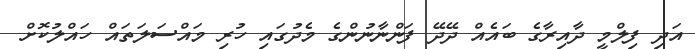
އަދި ފިލްމީ ދާއިރާގެ ބައެއް ދޭދޭ ފަންނާނުންގެ މެދުގައި ހުރި މައްސަަލަތައް ހައްލުކޮށް